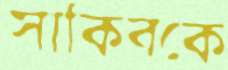
সাকিবকে